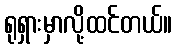
ရုရှားမှာလို့ထင်တယ်။